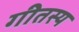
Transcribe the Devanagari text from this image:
गीतस्य